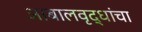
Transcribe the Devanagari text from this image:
आबालवृद्धांचा